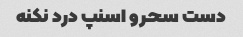
دست سحرو اسنپ درد نکنه